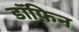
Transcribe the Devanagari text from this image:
डॉफ़िन